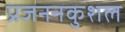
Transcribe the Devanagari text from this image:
प्रजननकुशल